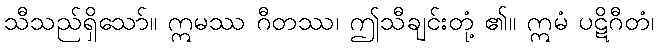
သီသည်ရှိသော်။ ဣမဿ ဂီတဿ၊ ဤသီချင်းတုံ့ ၏။ ဣမံ ပဋိဂီတံ၊